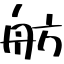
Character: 舫